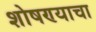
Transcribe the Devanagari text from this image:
शोषण्याचा